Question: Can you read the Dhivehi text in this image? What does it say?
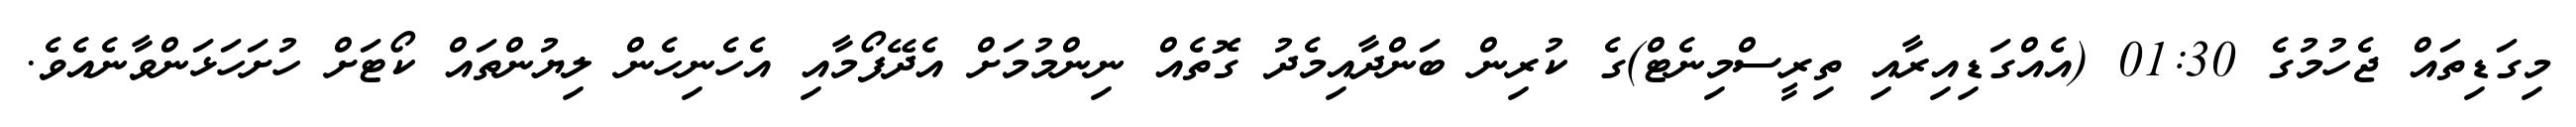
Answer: މިގަޑިތައް ޖެހުމުގެ 01:30 (އެއްގަޑިއިރާއި ތިރީސްމިނެޓް)ގެ ކުރިން ބަންދާއިމެދު ގޮތެއް ނިންމުމަށް އެދޭފޯމާއި އެހެނިހެން ލިޔުންތައް ކޯޓަށް ހުށަހަޅަންވާނެއެވެ.